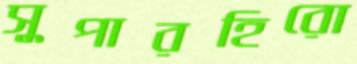
সুপারহিরো